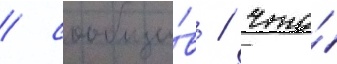
/ сообщи́в / что́